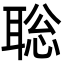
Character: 聡